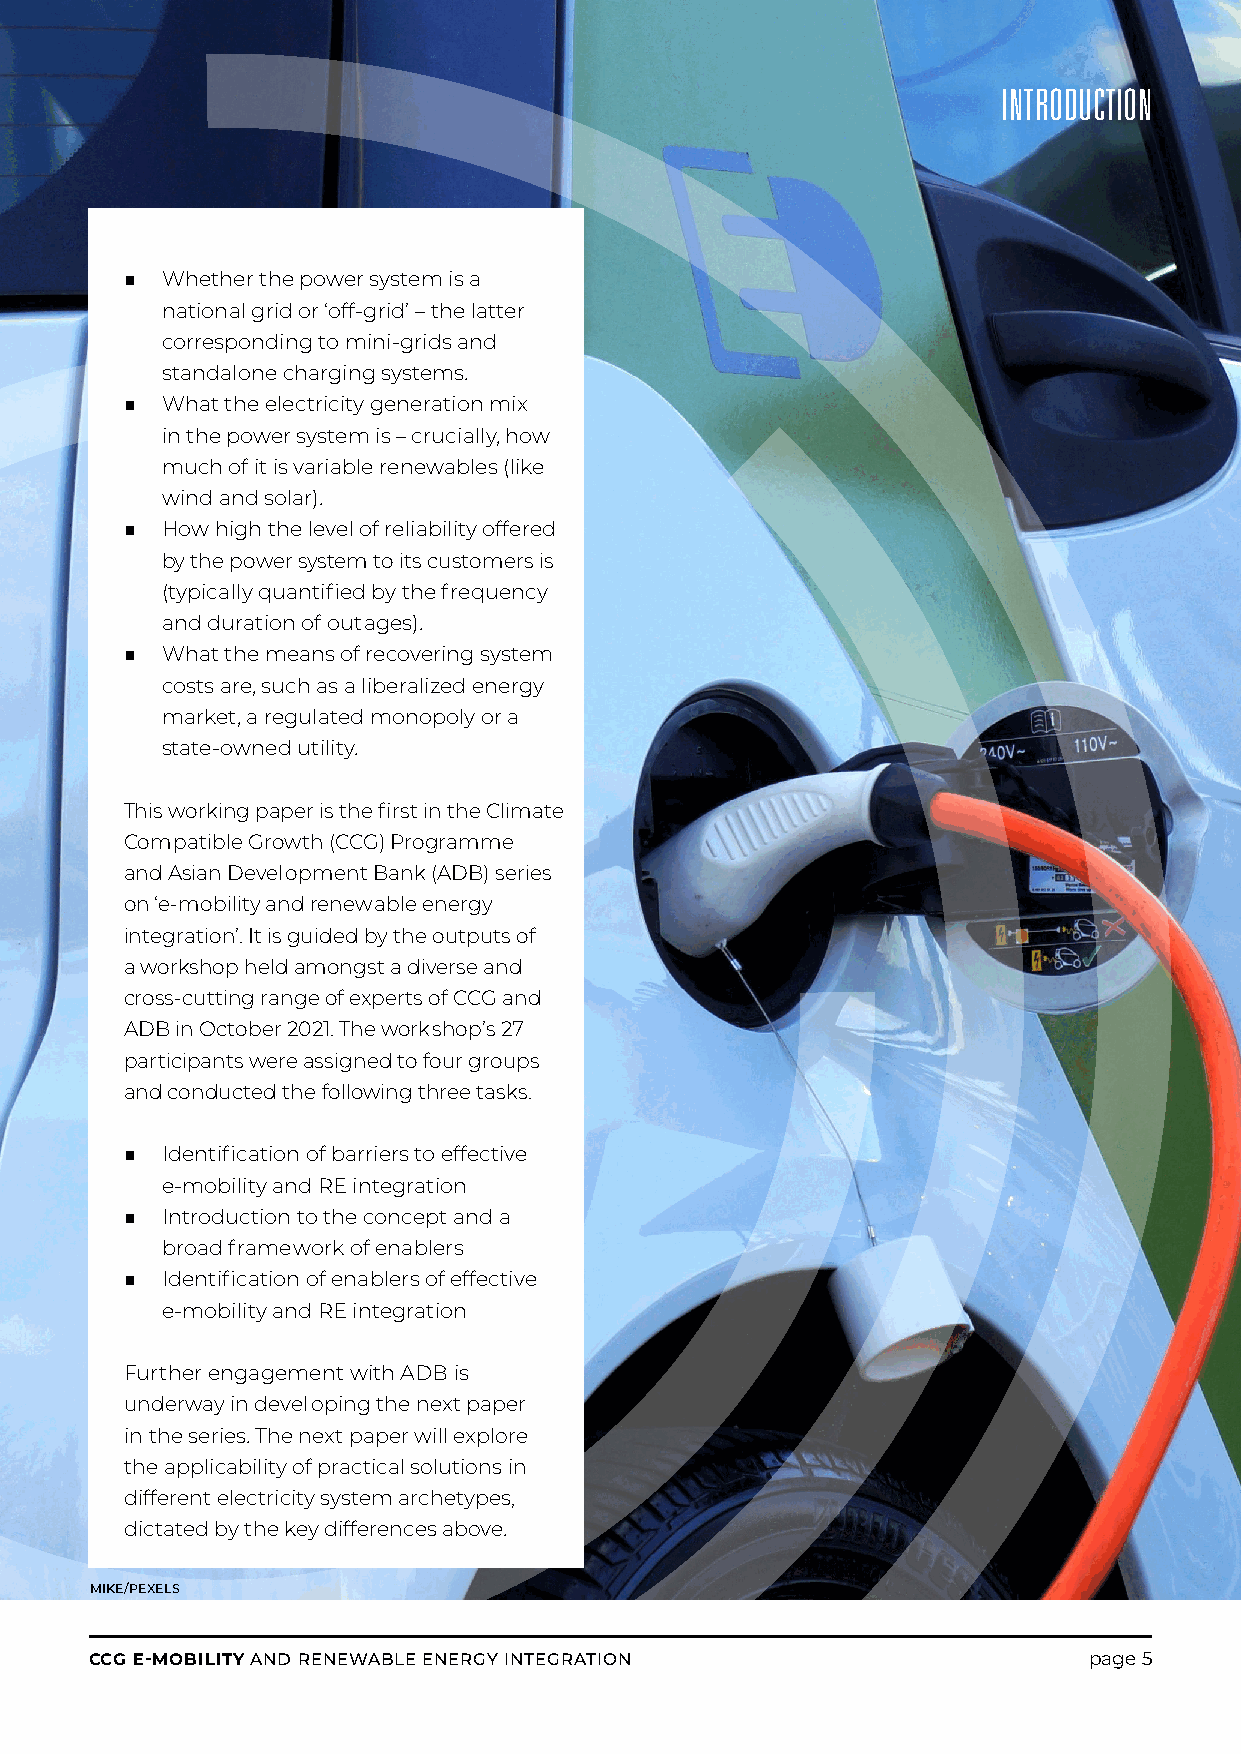
INTRODUCTION
 ■  Whether the power system is a
 national grid or ‘off-grid’ – the latter
 corresponding to mini-grids and
 standalone charging systems.
 ■  What the electricity generation mix
 in the power system is – crucially, how
 much of it is variable renewables (like
 wind and solar).
 ■  How high the level of reliability offered
 by the power system to its customers is
 (typically quantified by the frequency
 and duration of out ages).
 ■  What the means of recovering system
 costs are, such as a liberalized energy
 market, a regulated monopoly or a
 state-owned utility.
 This working paper is the first in the Climate
 Com patible Growth (CCG) Programme
 and Asian Devel opment Bank (ADB) series
 on ‘e-mobility and renew able energy
 integration’. It is guided by the outputs of
 a workshop held amongst a diverse and
 cross-cutting range of experts of CCG and
 ADB in October 2021. The work shop’s 27
 participants were assigned to four groups
 and conducted the following three tasks.
 ■  Identification of barriers to effective
 e-mobility and RE integration
 ■  Introduction to the concept and a
 broad frame work of enablers
 ■  Identification of enablers of effective
 e-mobility and RE integration
 Further engagement with ADB is
 underway in devel oping the next paper
 in the series. The next paper will explore
 the applicability of practical solutions in
 different electricity system archetypes,
 dictated by the key differences above.
 MIKE/PEXELS
 CCG E-MOBILITY AND RENEWABLE ENERGY INTEGRATION                   page 5